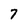
Character: 7